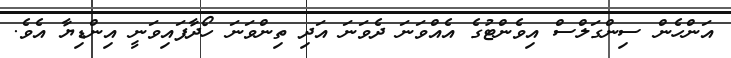
އަންހެން ސިންގަލްސް އިވެންޓުގެ އެއްވަނަ ދެވަނަ އަދި ތިންވަނަ ހޯދާފައިވަނީ އިންޑިޔާ އެވެ.